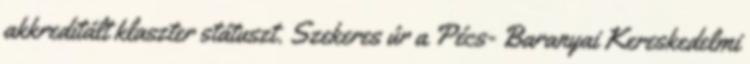
akkreditált klaszter státuszt. Szekeres úr a Pécs- Baranyai Kereskedelmi